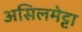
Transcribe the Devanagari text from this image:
असिलमेट्टा